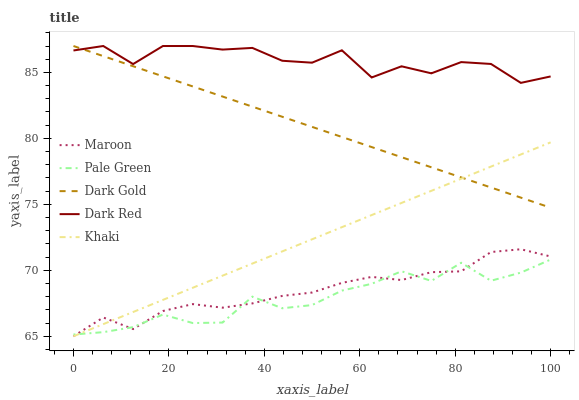
| xaxis_label | Maroon | Pale Green | Dark Gold | Dark Red | Khaki |
 | --- | --- | --- | --- | --- | --- |
 | 0 | 65 | 65.1 | 87 | 86.7 | 65 |
 | 6.25 | 66.4 | 65.3 | 86.2 | 87 | 65.9 |
 | 12.5 | 65.5 | 65.7 | 85.5 | 85.6 | 66.8 |
 | 18.8 | 66.9 | 66.6 | 84.7 | 87 | 67.8 |
 | 25 | 67.4 | 66 | 83.9 | 87 | 68.7 |
 | 31.2 | 67.2 | 66 | 83.2 | 86.7 | 69.6 |
 | 37.5 | 67.5 | 68 | 82.4 | 86.9 | 70.5 |
 | 43.8 | 68.1 | 67.1 | 81.6 | 85.9 | 71.4 |
 | 50 | 68.3 | 67.4 | 80.9 | 85.7 | 72.3 |
 | 56.2 | 69 | 68.5 | 80.1 | 86.7 | 73.3 |
 | 62.5 | 69.5 | 69 | 79.3 | 84.6 | 74.2 |
 | 68.8 | 69.3 | 69.9 | 78.6 | 85.5 | 75.1 |
 | 75 | 69.9 | 69.2 | 77.8 | 84.9 | 76 |
 | 81.2 | 69.9 | 70.6 | 77 | 85.8 | 76.9 |
 | 87.5 | 71.4 | 69.2 | 76.3 | 85.6 | 77.9 |
 | 93.8 | 71.6 | 69.8 | 75.5 | 84.2 | 78.8 |
 | 100 | 71 | 70.8 | 74.7 | 84.7 | 79.7 |